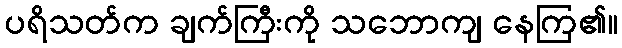
ပရိသတ်က ချက်ကြီးကို သဘောကျ နေကြ၏။